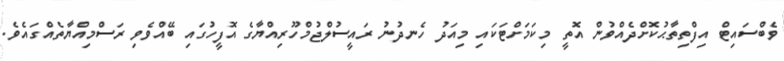
ވެބްސައިޓް އިފްތިތާޙުކޮށްދެއްވުން އޮތީ މިކަމަށްޓަކައި މިއަދު ހެނދުނު ރައީސުލްޖުމްހޫރިއްޔާގެ އޮފީހުގައި ބޭއްވެވި ރަސްމިއްޔާތެއްގައެވެ.